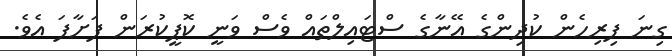
ގިނަ ފިރިހެން ކުދިންގެ އޭނާގެ ސްޓައިލްތައް ވެސް ވަނީ ކޮޕީކުރަން ފަށާފަ އެވެ.